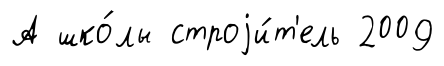
А шко́лы строjи́т'ель 2009